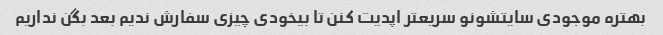
بهتره موجودی سایتشونو سریعتر اپدیت کنن تا بیخودی چیزی سفارش ندیم بعد بگن نداریم